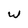
Character: w